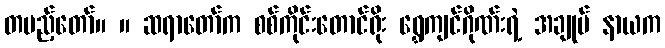
တပည့်တော်။ ။ ဆရာတော်က စစ်ကိုင်းတောင်ရိုး ရွှေကျင်ဂိုဏ်းရဲ့ အချုပ် နာယက